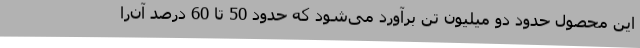
این محصول حدود دو میلیون تن برآورد می‌شود که حدود 50 تا 60 درصد آن‌را